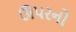
ઊપરનો